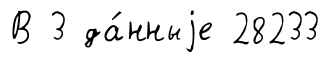
В 3 да́нныjе 28233